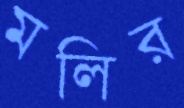
মলির